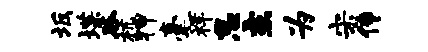
坂堞谷杭狎毫祥怠主为宋传